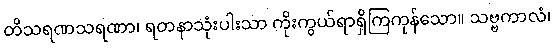
တိသရဏသရဏာ၊ ရတနာသုံးပါးသာ ကိုးကွယ်ရာရှိကြကုန်သော။ သဗ္ဗကာလံ၊